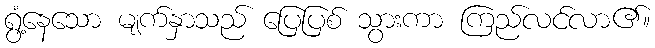
ရွံ့နေသော မျက်နှာသည် ပြေပြစ် သွားကာ ကြည်လင်လာ၏။